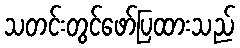
သတင်းတွင်ဖော်ပြထားသည်